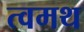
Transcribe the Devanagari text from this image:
त्वमथ